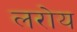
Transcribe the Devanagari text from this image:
लरोय